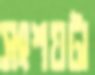
সংশয়টা